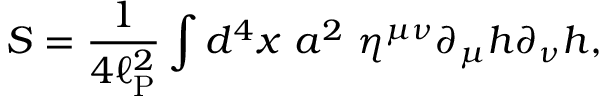
S = \frac { 1 } { 4 \ell _ { \mathrm { P } } ^ { 2 } } \int d ^ { 4 } x ~ a ^ { 2 } ~ \eta ^ { \mu \nu } \partial _ { \mu } h \partial _ { \nu } h ,